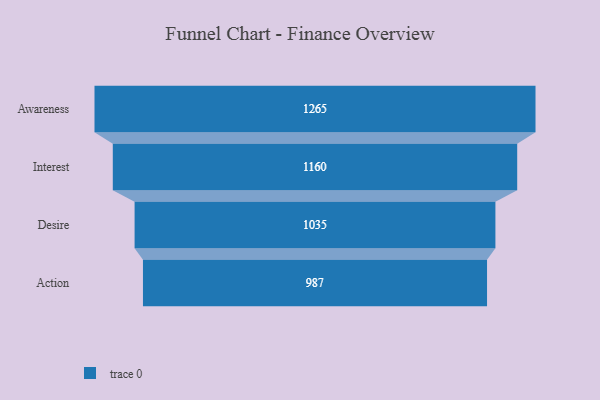
{"axis": {"x": "Stage", "y": "Value"}, "legend": [""], "data": [{"x": "Awareness", "y": 1265.0, "type": ""}, {"x": "Interest", "y": 1160.0, "type": ""}, {"x": "Desire", "y": 1035.0, "type": ""}, {"x": "Action", "y": 987.0, "type": ""}]}